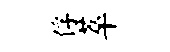
俘萃